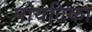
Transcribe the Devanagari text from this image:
पोयटिका